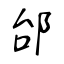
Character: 邰